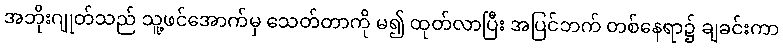
အဘိုးဂျုတ်သည် သူ့ဖင်အောက်မှ သေတ်တာကို မ၍ ထုတ်လာပြီး အပြင်ဘက် တစ်နေရာ၌ ချခင်းကာ